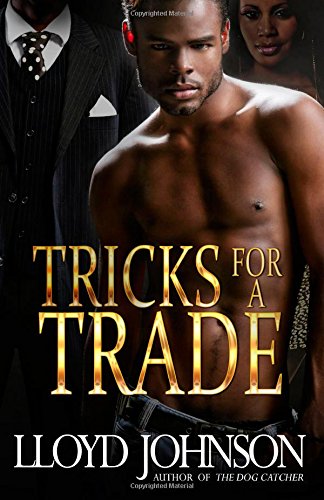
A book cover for Tricks for a Trade; Lloyd Johnson; Romance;